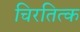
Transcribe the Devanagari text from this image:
चिरतित्क